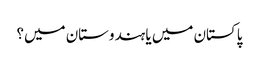
پاکستان میں یا ہندوستان میں؟